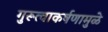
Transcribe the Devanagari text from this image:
गुरूत्वाकर्षणामुळे